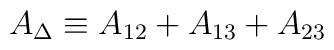
A_{\Delta} \equiv A_{12} + A_{13} + A_{23}